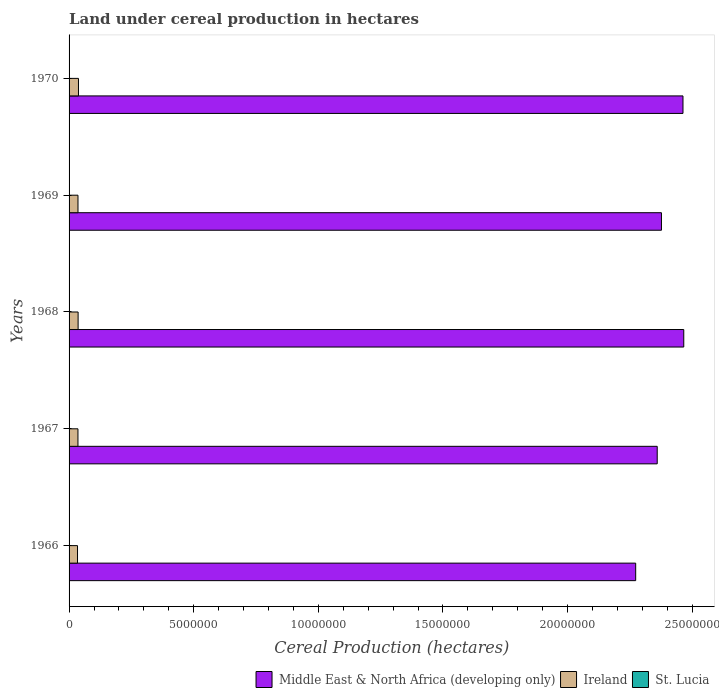
| Years | Middle East & North Africa (developing only) | Ireland | St. Lucia |
 | --- | --- | --- | --- |
 | 1966 | 2.27e+07 | 3.39e+05 | 20 |
 | 1967 | 2.36e+07 | 3.56e+05 | 20 |
 | 1968 | 2.47e+07 | 3.62e+05 | 26 |
 | 1969 | 2.38e+07 | 3.58e+05 | 28 |
 | 1970 | 2.46e+07 | 3.77e+05 | 25 |